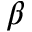
\beta